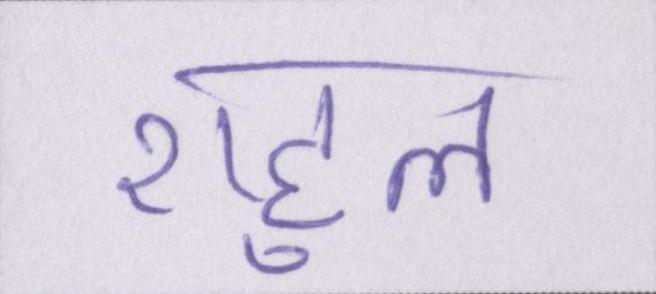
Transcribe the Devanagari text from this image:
राहुल